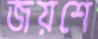
জয়শে